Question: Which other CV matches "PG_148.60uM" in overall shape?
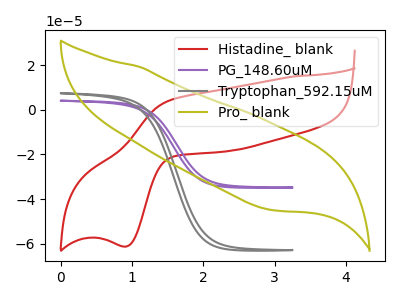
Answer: <think>The red curve "Histadine_ blank" has an anodic peak at (1.50V, 4.25uA) and a cathodic peak at (0.90V, -61.25uA). The purple curve "PG_148.60uM" has no peaks. The gray curve "Tryptophan_592.15uM" has no peaks. The olive curve "Pro_ blank" has no peaks.
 "Histadine_ blank" and "PG_148.60uM" have a different number of peaks. "Histadine_ blank" and "Tryptophan_592.15uM" have a different number of peaks. "Histadine_ blank" and "Pro_ blank" have a different number of peaks. Neither "PG_148.60uM" or "Tryptophan_592.15uM" have any peaks. Neither "PG_148.60uM" or "Pro_ blank" have any peaks. Neither "Tryptophan_592.15uM" or "Pro_ blank" have any peaks.</think>
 <answer>"PG_148.60uM" and "Pro_ blank" have a similar shape to "Tryptophan_592.15uM".</answer>
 <eval>"PG_148.60uM" "Pro_ blank"</eval>